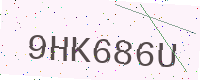
Text: 9HK686U